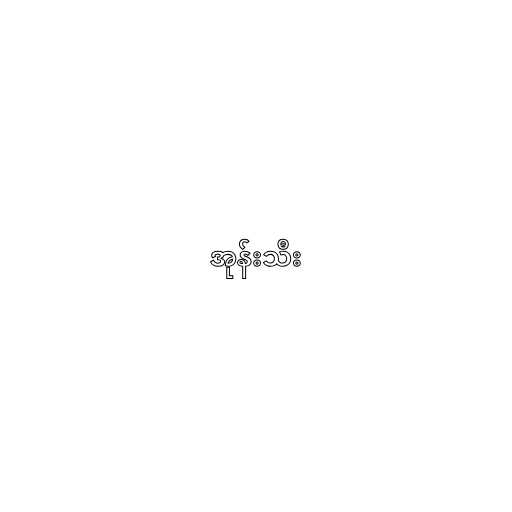
အုန်းသီး